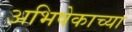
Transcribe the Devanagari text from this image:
अभिषेकाच्या